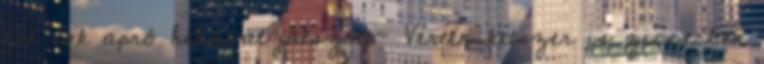
fél sok apró hibával játszott- Vérten kétszer is ziccerben